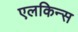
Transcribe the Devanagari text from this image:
एलकिन्स